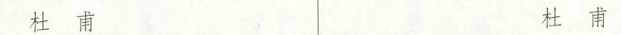
杜甫 杜甫